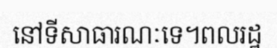
នៅទីសាធារណៈទេ។ពលរដ្ឋ